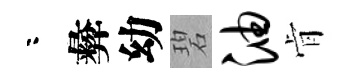
咯彜幼碧油肻